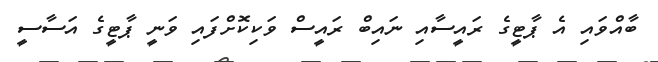
ބާއްވައި އެ ޕާޓީގެ ރައީސާއި ނައިބް ރައީސް ވަކިކޮށްފައި ވަނީ ޕާޓީގެ އަސާސީ